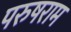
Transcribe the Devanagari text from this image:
परुषराम